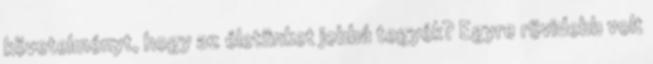
követelményt, hogy az életünket jobbá tegyék? Egyre rövidebb volt